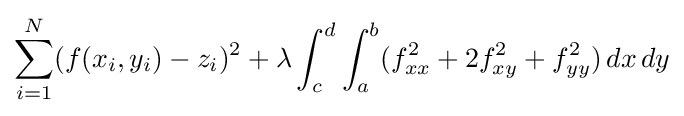
\sum _{i=1}^{N}(f(x_{i},y_{i})-z_{i})^{2}+\lambda \int _{c}^{d}\int _{a}^{b}(f_{xx}^{2}+2f_{xy}^{2}+f_{yy}^{2})\,dx\,dy